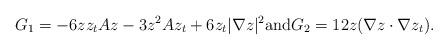
LaTeX: \begin{align*}G_1=-6zz_tAz-3z^2Az_t+6z_t|\nabla z|^2\mbox{and} G_2=12z (\nabla z \cdot \nabla z_t). \end{align*}